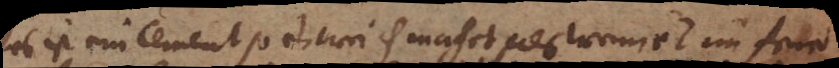
Es ist ein Cement so er weich machet als wenn er im feuer